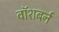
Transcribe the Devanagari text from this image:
वॉशबर्न